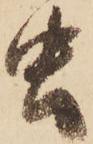
虫